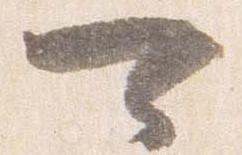
可